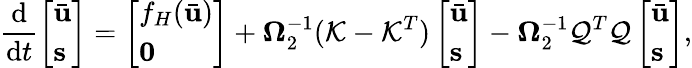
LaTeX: \frac{\mathrm{d}}{\mathrm{d}t}\left[\begin{array}{l}{\bar{\mathbf{u}}}\\ {\mathbf{s}}\end{array}\right]=\left[\begin{array}{l}{f_{H}(\bar{\mathbf{u}})}\\ {\mathbf{0}}\end{array}\right]+\boldsymbol{\Omega}_{2}^{-1}(\mathcal{K}-\mathcal{K}^{T})\left[\begin{array}{l}{\bar{\mathbf{u}}}\\ {\mathbf{s}}\end{array}\right]-\boldsymbol{\Omega}_{2}^{-1}\mathcal{Q}^{T}\mathcal{Q}\left[\begin{array}{l}{\bar{\mathbf{u}}}\\ {\mathbf{s}}\end{array}\right],